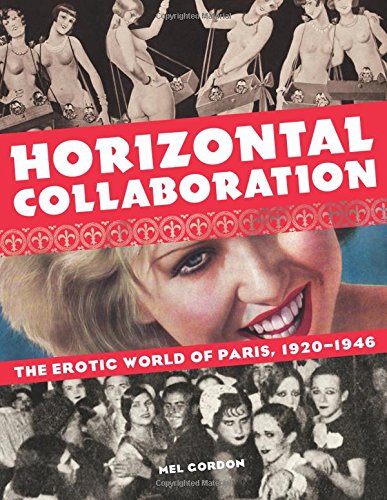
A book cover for Horizontal Collaboration: The Erotic World of Paris, 1920-1946; Mel Gordon; History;